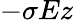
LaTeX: -\sigma Ez